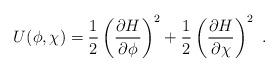
LaTeX: \begin{align*} U(\phi,\chi) =\frac{1}{2}\left(\frac{\partial H}{\partial\phi}\right)^2+ \frac{1}{2}\left(\frac{\partial H}{\partial\chi}\right)^2~.\end{align*}